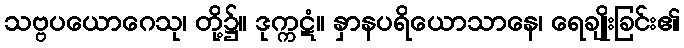
သဗ္ဗပယောဂေသု၊ တို့၌။ ဒုက္ကဋံ။ နှာနပရိယောသာနေ၊ ရေချိုးခြင်း၏